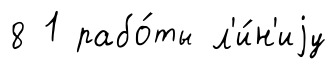
8 1 рабо́ты л'и́н'иjу